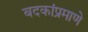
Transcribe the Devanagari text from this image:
बदकांप्रमाणे